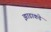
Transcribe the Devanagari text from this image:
झाडाकडे